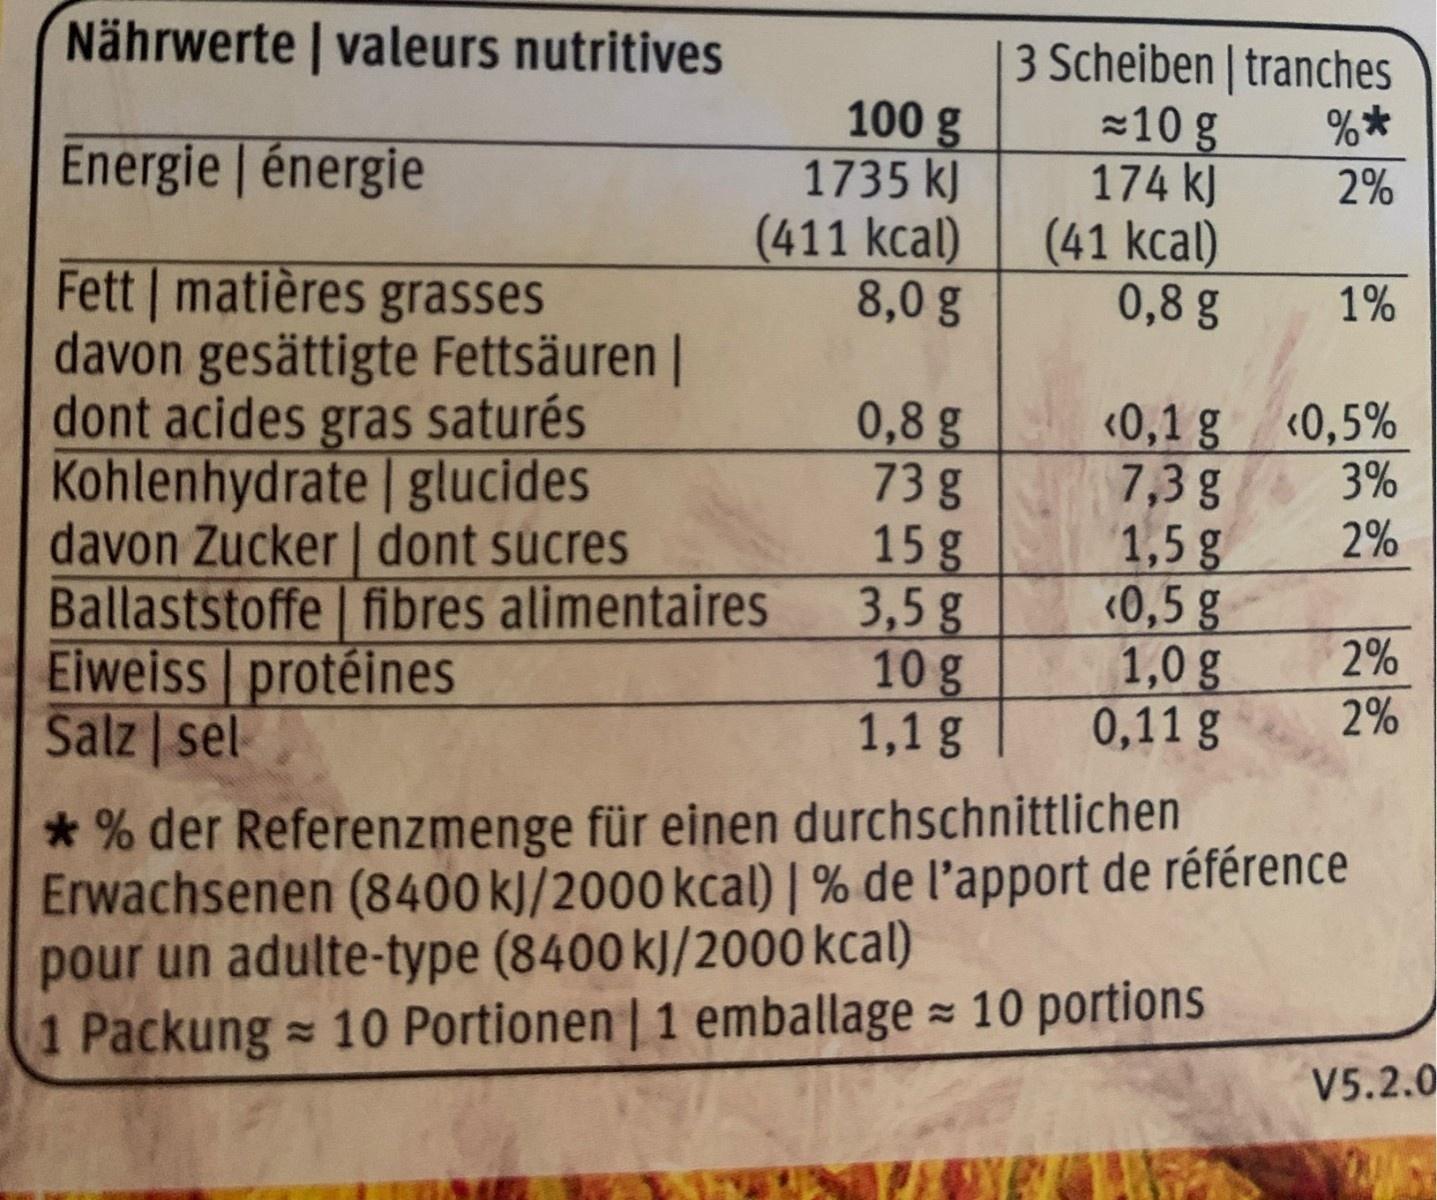
Nährwerte | valeurs nutritives 100 g 1735 kJ (411 kcal) 8,0 g 3 Scheiben | tranches 10 g 174 kJ (41 kcal) 0,8 g Energie | énergie 2% 1% Fett | matières grasses davon gesättigte Fettsäuren | dont acides gras saturés Kohlenhydrate | glucides davon Zucker | dont sucres 0,8 g 73g 15 g 3,5g 10 g 1,1 g <0,1 g «0,5% 7,3 g 1,5 g <0,5 g 1,0 g 0,11 g 3% 2% 1 Ballaststoffe fibres alimentaires Eiweiss protéines Salz sel 2% 2% * % der Referenzmenge für einen durchschnittlichen Erwachsenen (8400 kJ/2000 kcal) | % de l'apport de référence pour un adulte-type (8400 kJ/2000 kcal) 1 Packung 10 Portionen | 1 emballage 10 portions V5.2.0